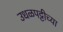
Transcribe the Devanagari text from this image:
उधळपट्टीच्या